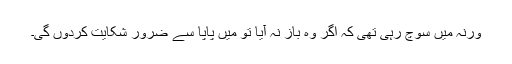
ورنہ میں سوچ رہی تھی کہ اگر وہ باز نہ آیا تو میں پاپا سے ضرور شکایت کردوں گی۔